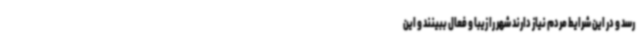
رسد و در این شرایط مردم نیاز دارند شهر را زیبا و فعال ببینند و این